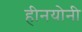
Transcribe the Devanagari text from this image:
हीनयोनी